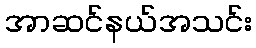
အာဆင်နယ်အသင်း